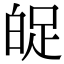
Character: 𤽱